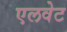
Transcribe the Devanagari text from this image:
एलवेट